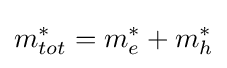
m_{tot}^{*}=m_{e}^{*}+m_{h}^{*}